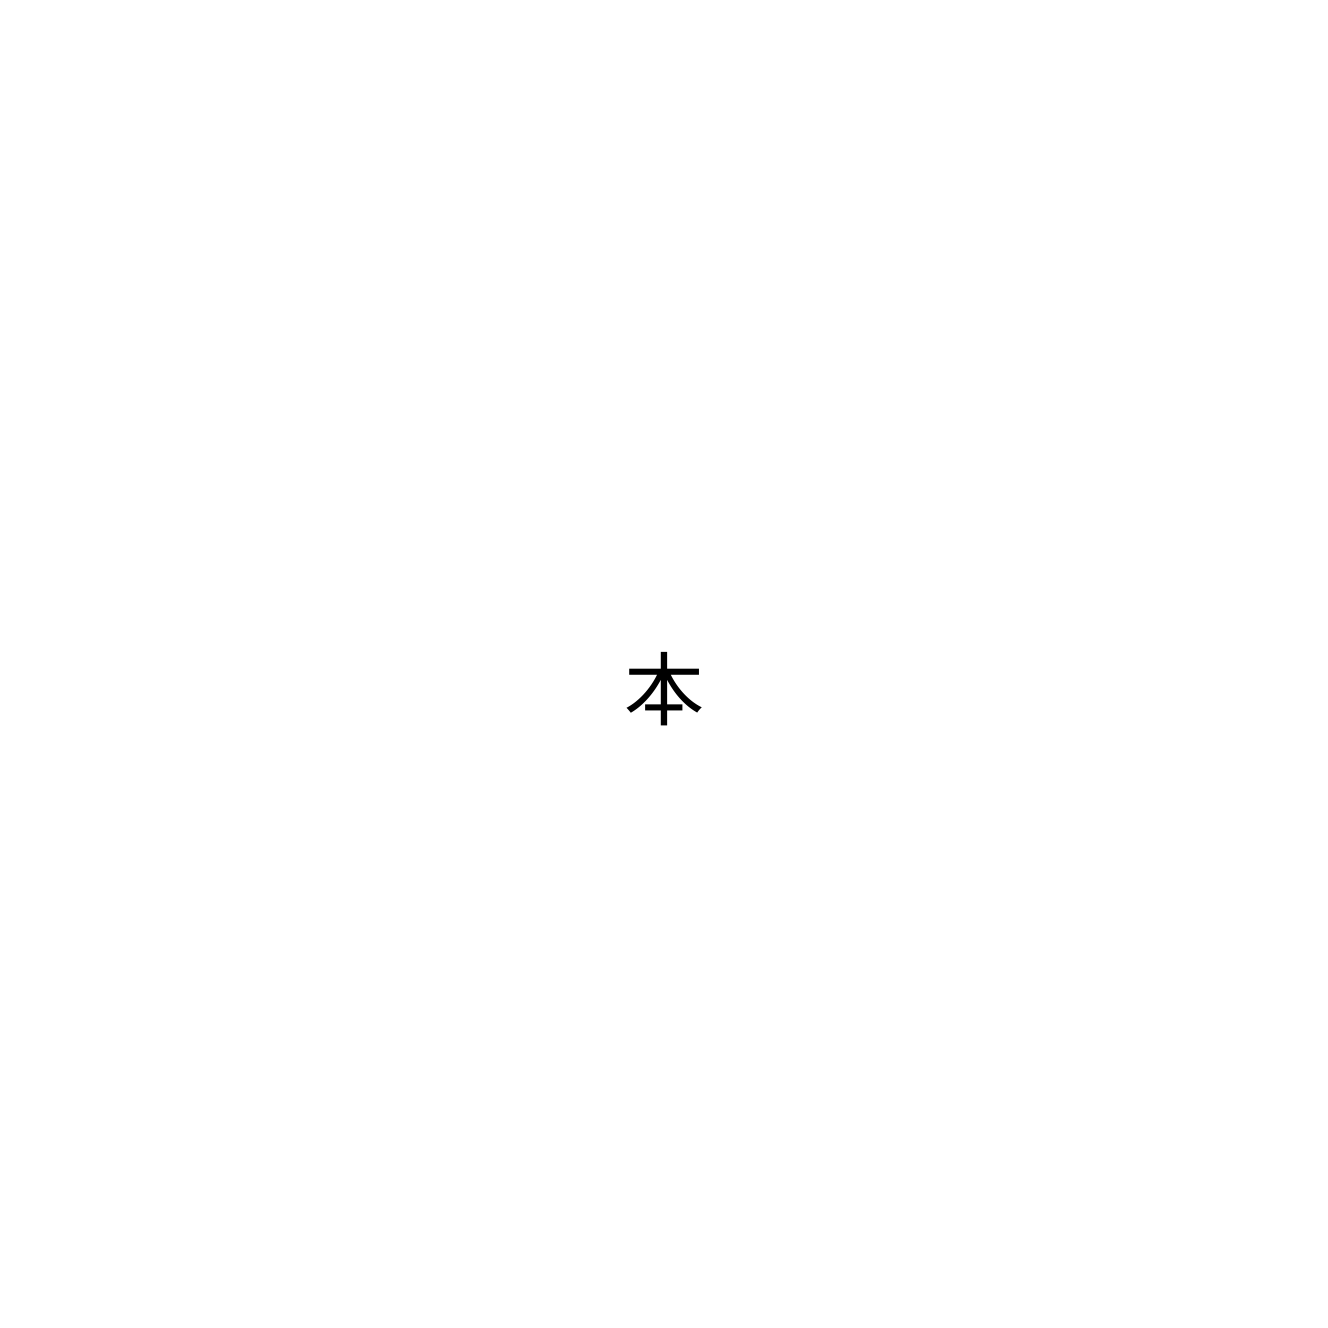
本